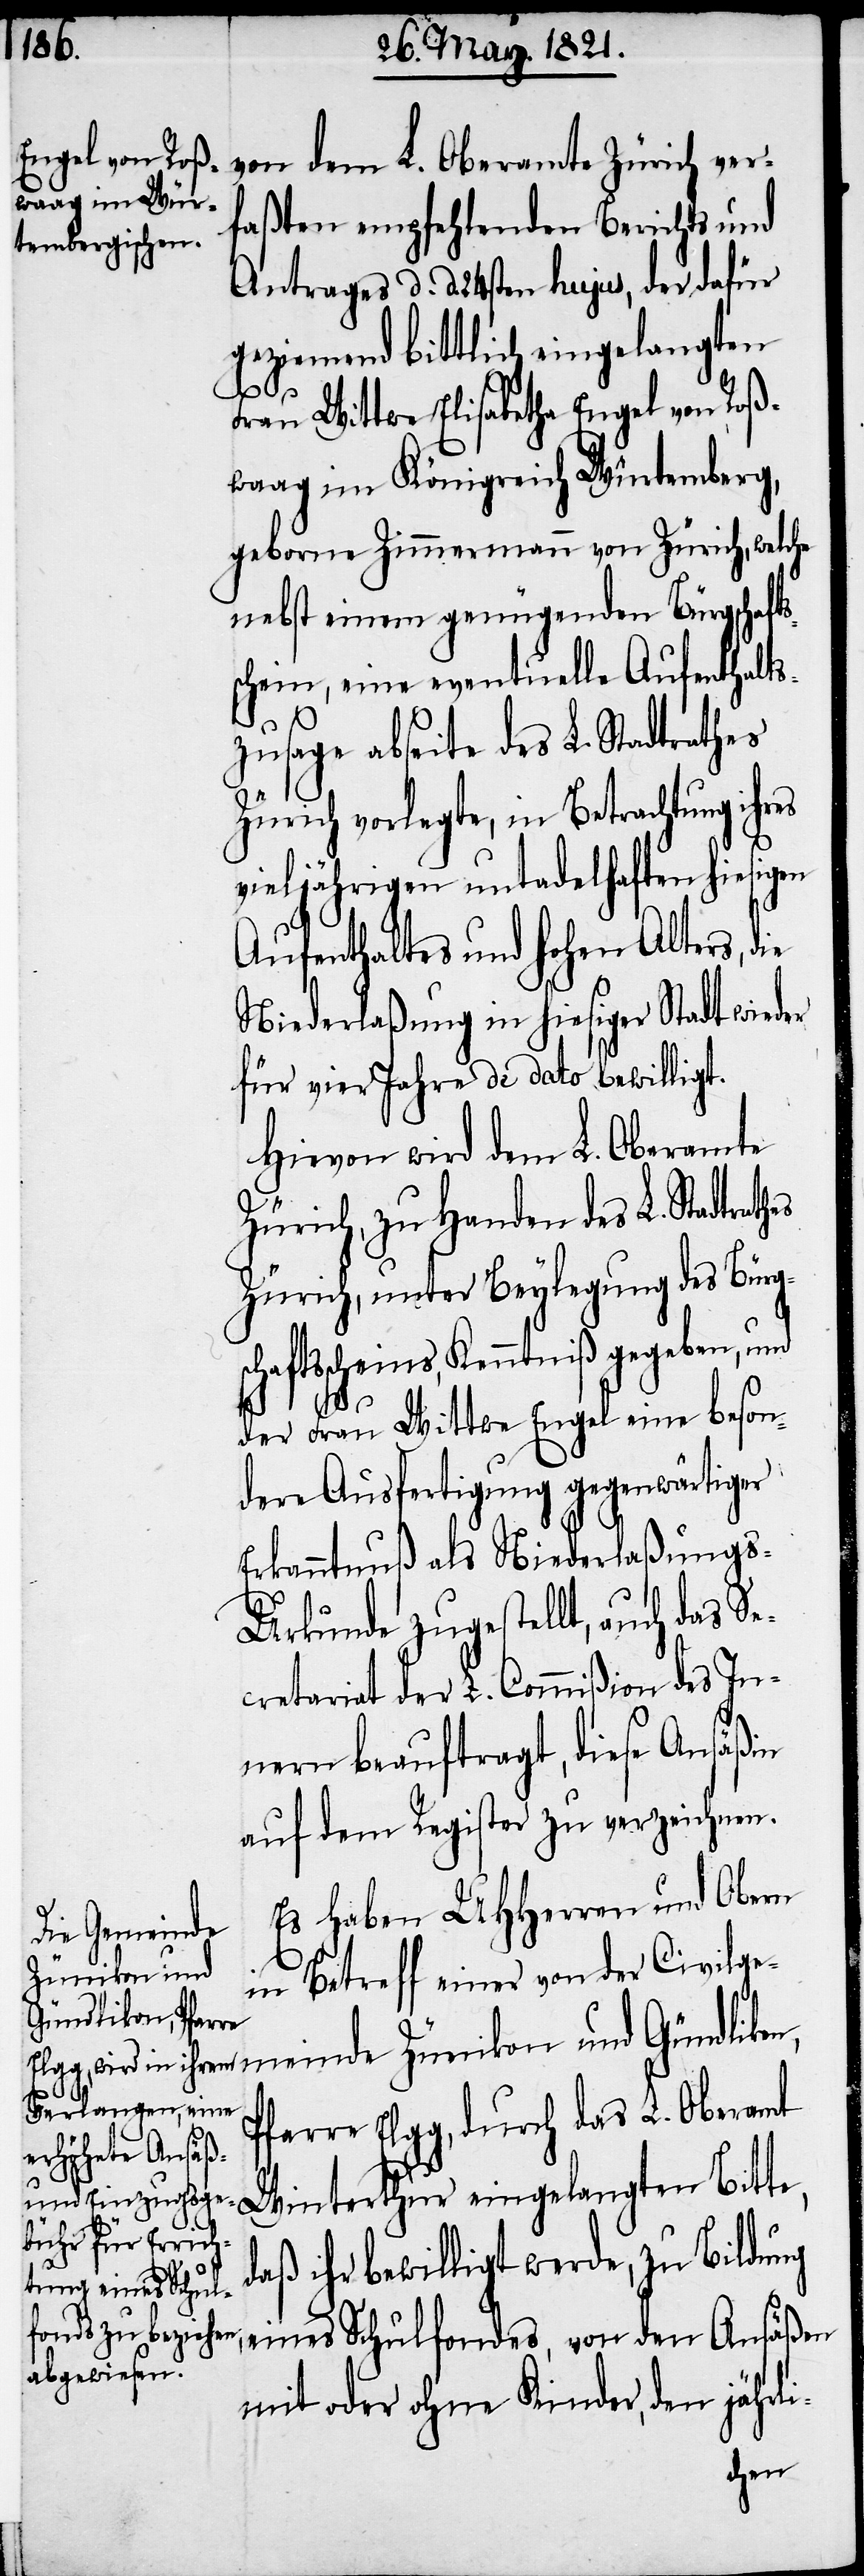
von dem L. Oberamte Zürich ver¬
faßten empfehlenden Berichts und
Antrages d. d. 24sten hujus, der dafür
geziemend bittlich eingelangten
Frau Wittwe Elisabetha Engel von Roß¬
waag im Königreich Würtemberg,
geborne Zimmermann von Zürich, welche
nebst einem genügenden Bürgschafts¬
schein, eine eventuelle Aufenthalts¬
zusage abseite des L. Stadtrathes
Zürich vorlegte, in Betrachtung ihr¬
vieljährigen untadelhaften hiesigen
Aufenthaltes und hohen Alters, die
Niederlaßung in hiesiger Stadt wieder
für vier Jahre de dato bewilligt.
Hievon wird dem L. Oberamte
Zürich, zu Handen des L. Stadtrath¬
Zürich, unter Beylegung des Bürg¬
aftsscheins, Kenntniß gegeben, und
der Frau Wittwe Engel eine beson¬
dere Ausfertigung gegenwärtiger
Erkanntnuß als Niederlaßung¬
s-Urkunde zugestellt, auch das S¬
ecretariat der L. Commißion des In¬
nern beauftragt, diese Ansäßin
auf dem Register zu verzeichnen.
Es haben UHHerren und Obern
in Betreff einer von der Civil¬
gemeinde Zünikon und Gündlikon,
sch¬
Pfarre Elgg, durch das L. Oberamt
Winterthur eingelangten Bitte,
daß ihr bewilligt werde, zu Bildung
eines Schulfonds, von den Ansäßen
mit oder ohne Kinder, den jährli-